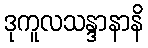
ဒုကူလသန္ဒာနာနိ